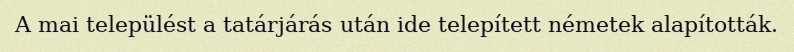
A mai települést a tatárjárás után ide telepített németek alapították.